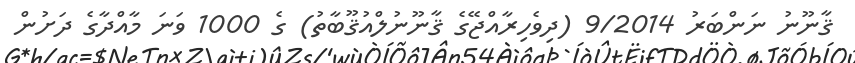
ޤާނޫނު ނަންބަރު 9/2014 (ދިވެހިރާއްޖޭގެ ޤާނޫނުލްއުުޤޫބާތު) ގެ 1000 ވަނަ މާއްދާގެ ދަށުން